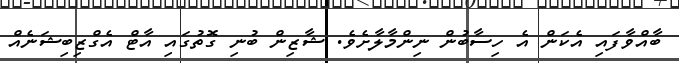
ބާއްވާފައި އެކަން އެ ހިސާބުން ނިންމާލާށެވެ. ޝާޒިން ބުނި ގޮތުގައި އާޓް އެގްޒިބިޝަނެއް